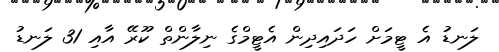
ލަނޑު އެ ޓީމަށް ހަދައިދިން އެޓީމްގެ ނިލާންތް ކޫރޭ އާއި 31 ލަނޑު